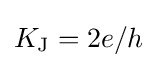
K_{\text{J}}=2e/h